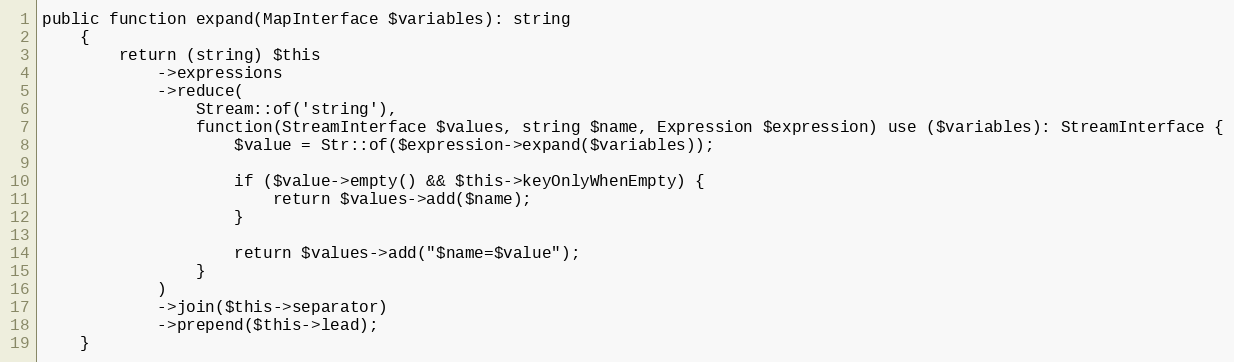
Language: PHP
public function expand(MapInterface $variables): string
    {
        return (string) $this
            ->expressions
            ->reduce(
                Stream::of('string'),
                function(StreamInterface $values, string $name, Expression $expression) use ($variables): StreamInterface {
                    $value = Str::of($expression->expand($variables));

                    if ($value->empty() && $this->keyOnlyWhenEmpty) {
                        return $values->add($name);
                    }

                    return $values->add("$name=$value");
                }
            )
            ->join($this->separator)
            ->prepend($this->lead);
    }